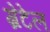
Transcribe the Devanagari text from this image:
ग्रेटेल